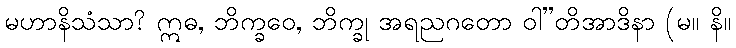
မဟာနိသံသာ? ဣဓ, ဘိက္ခဝေ, ဘိက္ခု အရညဂတော ဝါ”တိအာဒိနာ (မ။ နိ။